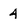
Character: 4